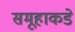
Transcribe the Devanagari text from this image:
समूहाकडे